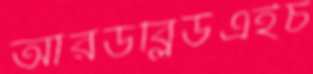
আরডব্লিউএইচ